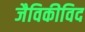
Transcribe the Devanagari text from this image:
जैविकीविद